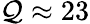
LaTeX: \mathcal{Q}\approx23